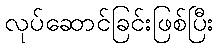
လုပ်ဆောင်ခြင်းဖြစ်ပြီး